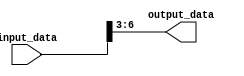
module bit_select_assign (
    input [7:0] input_data,
    output [3:0] output_data
);

    assign output_data = input_data[6:3];

endmodule